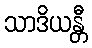
သာဒိယန္တီ